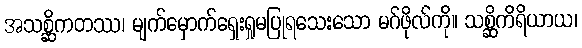
အသစ္ဆိကတဿ၊ မျက်မှောက်ရှေးရှုမပြုရသေးသော မဂ်ဖိုလ်ကို။ သစ္ဆိကိရိယာယ၊